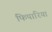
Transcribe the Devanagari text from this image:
फिपारिया